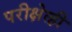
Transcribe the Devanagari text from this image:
परीक्षेत्ही